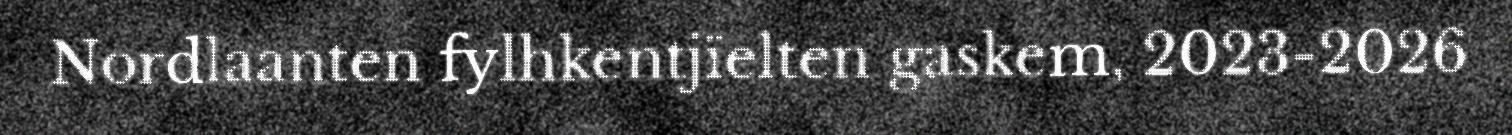
Nordlaanten fylhkentjïelten gaskem, 2023-2026